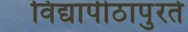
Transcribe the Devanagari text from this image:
विद्यापीठापुरते